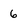
Character: 6